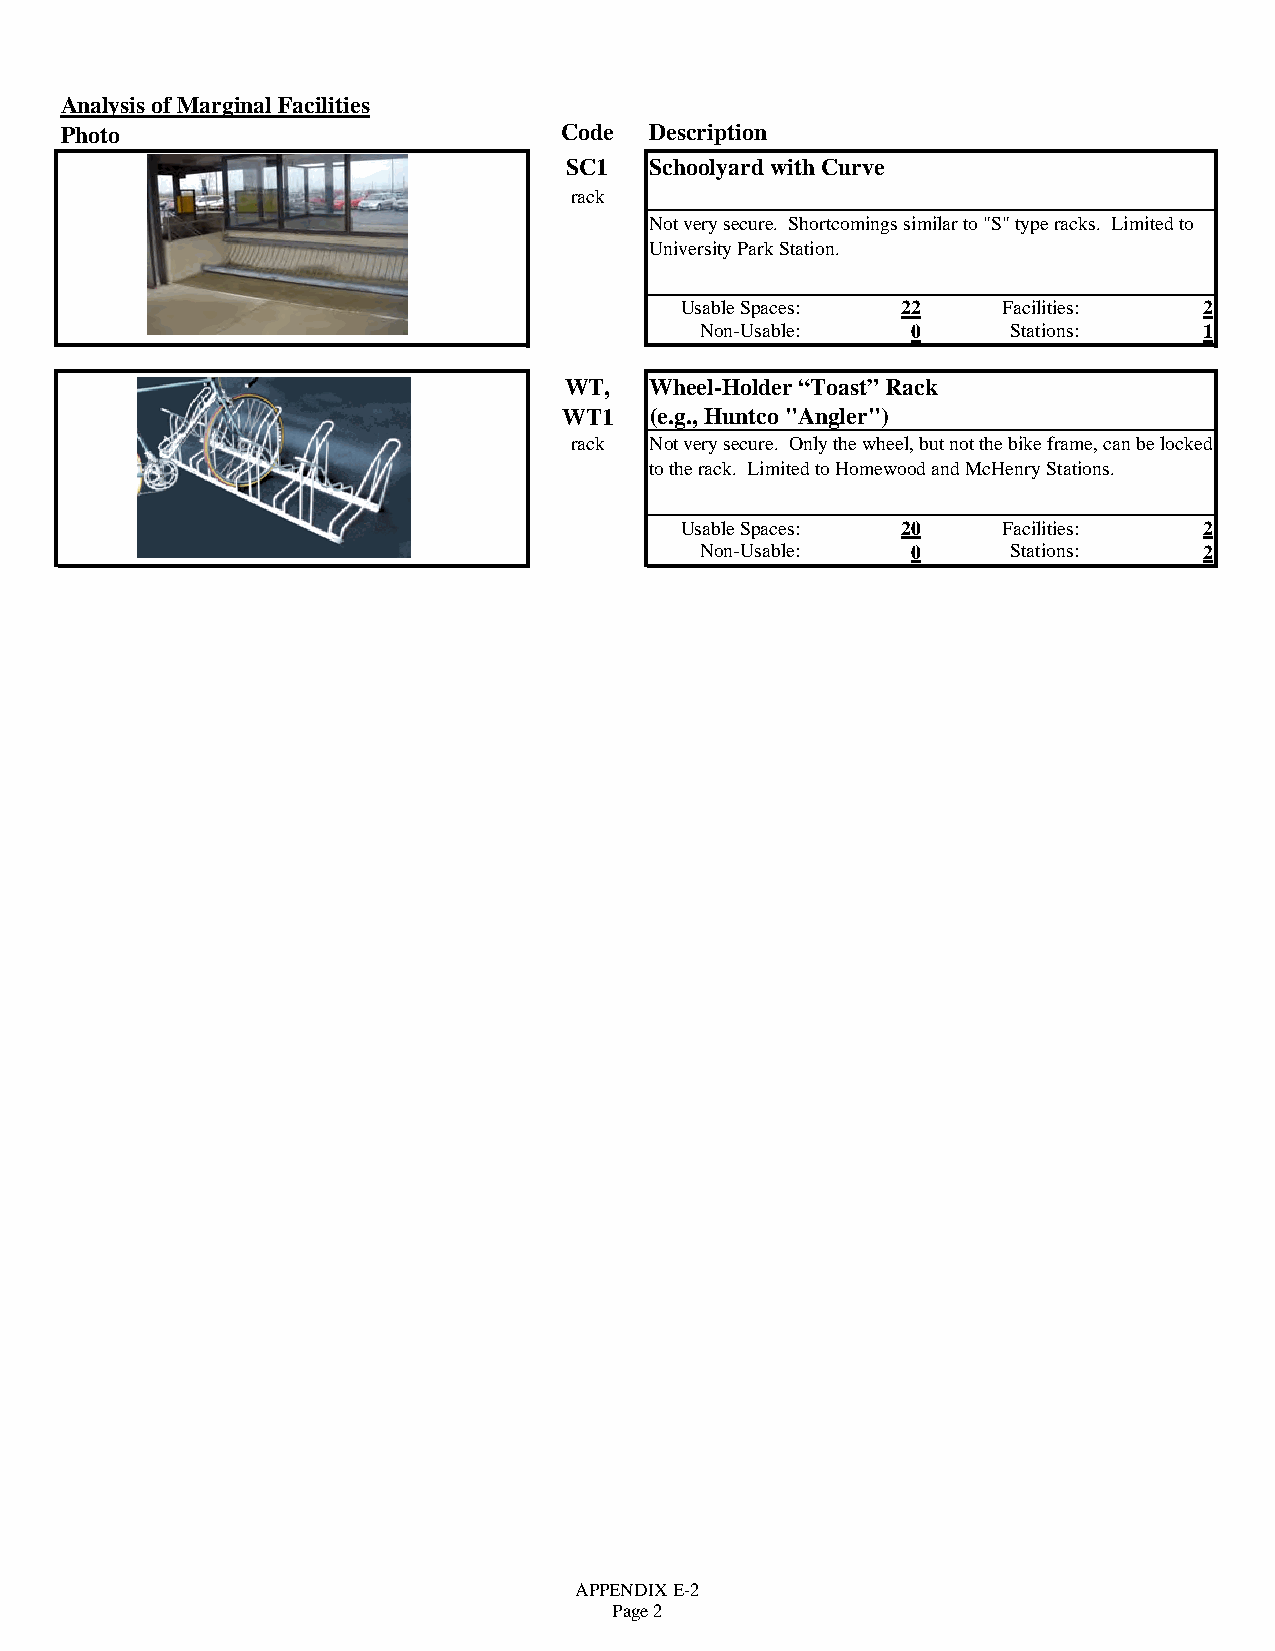
Analysis of Marginal Facilities
 Photo                            Code  Description
 SC1  Schoolyard with Curve
 rack
 Not very secure. Shortcomings similar to "S" type racks. Limited to
 University Park Station.
 Usable Spaces: 22    Facilities:   2
 Non-Usable:   0      Stations:    1
 WT,   Wheel-Holder “Toast” Rack
 WT1   (e.g., Huntco "Angler")
 rack Not very secure. Only the wheel, but not the bike frame, can be locked
 to the rack. Limited to Homewood and McHenry Stations.
 Usable Spaces: 20    Facilities:   2
 Non-Usable:   0      Stations:    2
 APPENDIX E-2
 Page 2